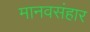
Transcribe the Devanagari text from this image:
मानवसंहार